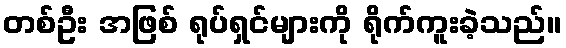
တစ်ဦး အဖြစ် ရုပ်ရှင်များကို ရိုက်ကူးခဲ့သည်။